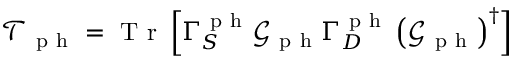
\mathcal { T } _ { \mathrm { ~ p ~ h ~ } } = \mathrm { ~ T ~ r ~ } \left[ \Gamma _ { S } ^ { \mathrm { ~ p ~ h ~ } } \mathcal { G } _ { \mathrm { ~ p ~ h ~ } } \Gamma _ { D } ^ { \mathrm { ~ p ~ h ~ } } \left( \mathcal { G } _ { \mathrm { ~ p ~ h ~ } } \right) ^ { \dagger } \right]